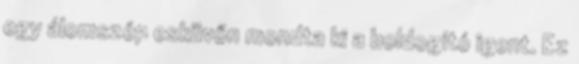
egy álom­szép es­kü­vőn mondta ki a bol­do­gító igent. Ez